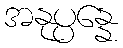
အနုပ္ပန္နေ